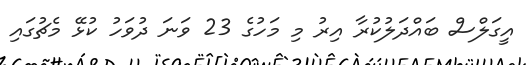
އީގަލްސް ބައްދަލުކުރާ އިރު މި މަހުގެ 23 ވަނަ ދުވަހު ކުޅޭ މެޗުގައި